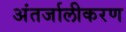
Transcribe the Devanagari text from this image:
अंतर्जालीकरण